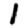
Digit: 1